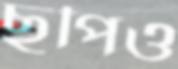
ছুপিও